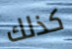
كذلك